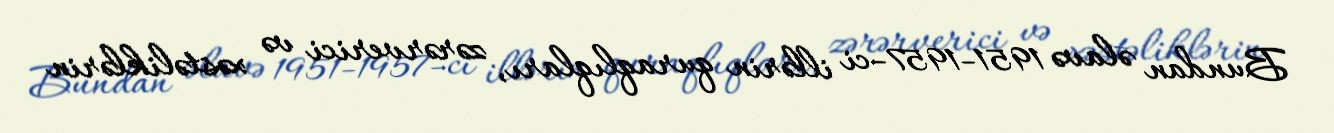
Bundan əlavə 1951-1957-ci illərin quraqlıqları, zərərverici və xəstəliklərin